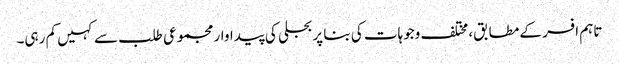
تاہم افسر کے مطابق، مختلف وجوہات کی بنا پر بجلی کی پیداوار مجموعی طلب سے کہیں کم رہی۔